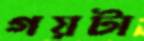
গয়টা